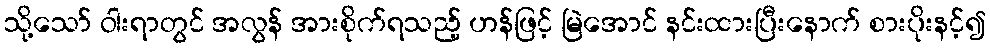
သို့သော် ဝါးရာတွင် အလွန် အားစိုက်ရသည့် ဟန်ဖြင့် မြဲအောင် နင်းထားပြီးနောက် စားပိုးနင့်၍